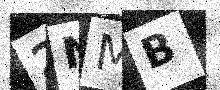
Text: 2NMB